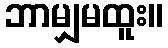
ဘာမျှမထူး။